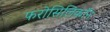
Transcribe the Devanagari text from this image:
फरोसिलिकॉन